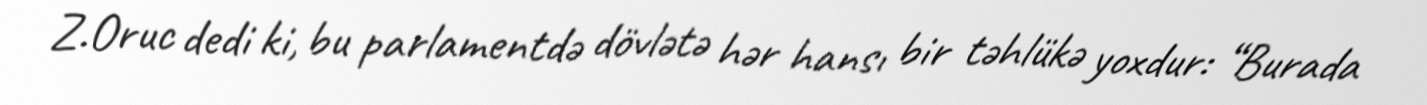
Z.Oruc dedi ki, bu parlamentdə dövlətə hər hansı bir təhlükə yoxdur: “Burada